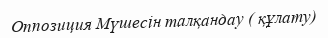
Оппозиция Мүшесін талқандау ( құлату)